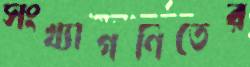
সংখ্যাগণিতের